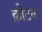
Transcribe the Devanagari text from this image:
क्रीटन